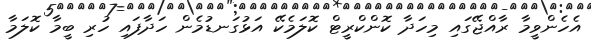
އެހެންވީމާ ރާއްޖޭގައި މިހަދާ ކޮންކްރީޓް ކޮލަމެކޭ އަޅުގަނޑުމެން ހަދާފައި ހުރި ބީމާ ކޮލަމާ